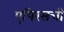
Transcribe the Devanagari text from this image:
एपिरसची